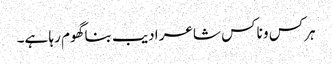
ہرکس و ناکس شاعر ادیب بنا گھوم رہا ہے۔